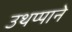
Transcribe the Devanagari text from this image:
उथप्पाने